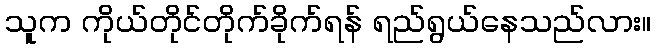
သူက ကိုယ်တိုင်တိုက်ခိုက်ရန် ရည်ရွယ်နေသည်လား။